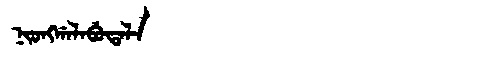
Manchu: ᠨᡳᠣᠩᡤᠠᠯᠠᠪᡠᡨᠠᠯᠠ
Romanization: NIONGGALABUTALA